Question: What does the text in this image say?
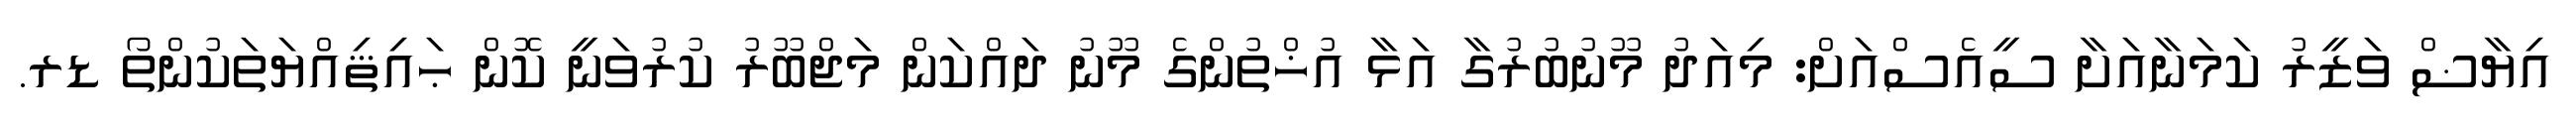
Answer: އިޔާޟް ވަޒީރު ކަމަނާއަށާ ސީއެސްއަށް: މިއަދު މޫނުބުރުގާ އަޅާ އުޚްތުންގެ މޫނު ދައްކަން މަޖްބޫރު ކުރުވަނީ ކޮން ޙައިޘިއްޔަތަކުންތޯ ޑރ.